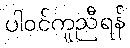
ပါဝင်ကူညီရန်